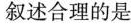
叙述合理的是